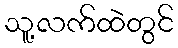
သူ့လက်ထဲတွင်